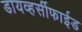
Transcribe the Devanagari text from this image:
डायव्हर्सीफाईड